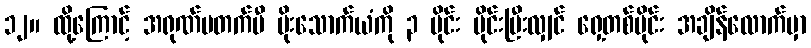
၁၂။ ထို့ကြောင့် အရုဏ်မတက်မီ မိုးသောက်ယံကို ၃ ပိုင်း ပိုင်းပြီးလျှင် ရှေ့တစ်ပိုင်း အချိန်လောက်မှာ